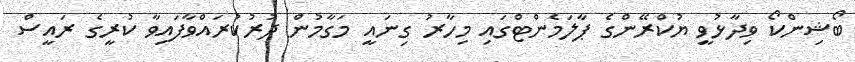
ބޯޝިންކޯ ވިދާޅުވީ ޔުކްރޭންގެ ޕާލަމެންޓްގައި މިހާރު ގިނައީ މަގާމުން ދުރުކުރައްވާފައިވާ ކުރީގެ ރައީސް